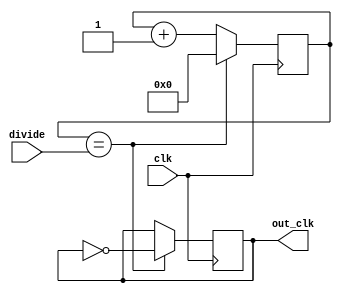
module ripple_counter_clock_divider (
    input clk,            // Input clock signal
    input [7:0] divide,   // Divide factor
    output reg out_clk    // Output slower clock signal
);

reg [7:0] counter;

always @(posedge clk) begin
    if (counter == divide) begin
        counter <= 0;
        out_clk <= ~out_clk;
    end
    else begin
        counter <= counter + 1;
    end
end

endmodule